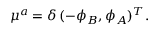
\begin{array} { r } { { \mu } ^ { a } = \delta \, ( - \phi _ { B } , \phi _ { A } ) ^ { T } . } \end{array}